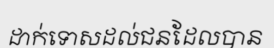
ដាក់ទោសដល់ជនដែលបាន